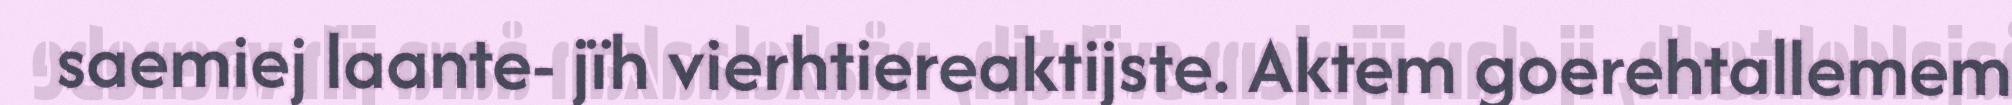
saemiej laante- jïh vierhtiereaktijste. Aktem goerehtallemem